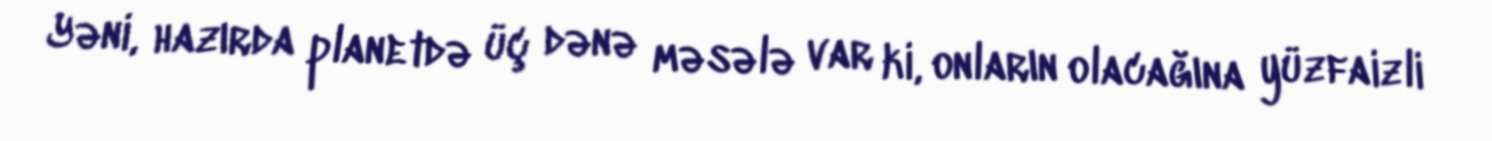
Yəni, hazırda planetdə üç dənə məsələ var ki, onların olacağına yüzfaizli